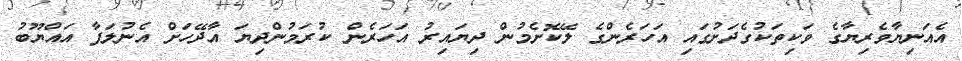
އެއަނިޔާވެރިޔާގެ ވަކިތަކުގެދަށުގައި އަހަރެންގެ ލޭކޮށެމުން ދިޔައިރު އަހަރެން ކުރަމުންދިޔަ އާދޭހަށް އެނުލަފާ އައްޔޫބު